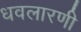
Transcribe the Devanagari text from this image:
धवलारणी